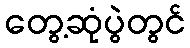
တွေ့ဆုံပွဲတွင်